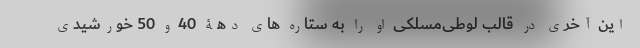
این آخری در قالب لوطی‌مسلکی او را به ستاره های دهۀ 40 و 50 خورشیدی